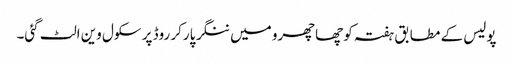
پولیس کے مطابق ہفتہ کو چھاچھرو میں ننگر پارکر روڈ پر سکول وین الٹ گئی۔